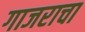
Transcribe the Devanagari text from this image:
गाजराचा